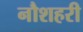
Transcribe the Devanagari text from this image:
नौशहरी